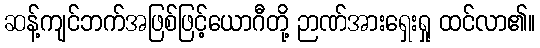
ဆန့်ကျင်ဘက်အဖြစ်ဖြင့်ယောဂီတို့ ဉာဏ်အားရှေးရှု ထင်လာ၏။